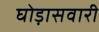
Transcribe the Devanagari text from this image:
घोड़ासवारी